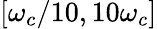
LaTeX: [\omega_{c}/10,10\omega_{c}]